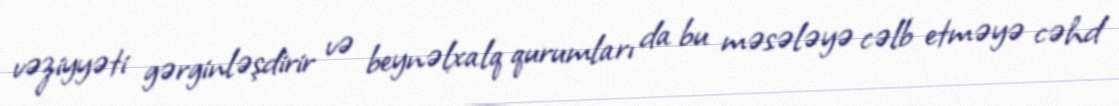
vəziyyəti gərginləşdirir və beynəlxalq qurumları da bu məsələyə cəlb etməyə cəhd